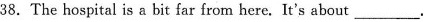
38. The hospital is a bit far from here. It's about\underline.